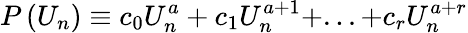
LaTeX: P\left(U_{n}\right)\equiv c_{0}U_{n}^{a}+c_{1}U_{n}^{a+1}+...+c_{r}U_{n}^{a+r}